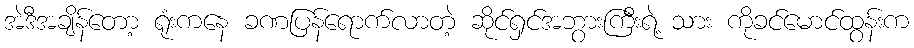
အဲဒီအချိန်တော့ ရုံးကနေ ခဏပြန်ရောက်လာတဲ့ ဆိုင်ရှင်အဘွားကြီးရဲ့ သား ကိုခင်မောင်ထွန်းက